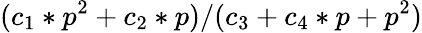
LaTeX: (c_{1}*p^{2}+c_{2}*p)/(c_{3}+c_{4}*p+p^{2})